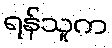
ရန်သူက